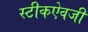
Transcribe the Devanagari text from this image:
स्टीकऐवजी